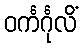
ဝင်္ကင်္ဂုလိံ